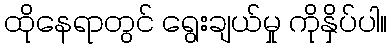
ထိုနေရာတွင် ရွေးချယ်မှု ကိုနှိပ်ပါ။